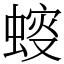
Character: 䗏